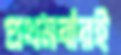
প্রথমবারই